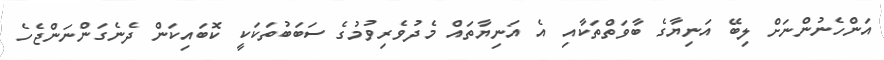
އަންހެނުންނަށް ލިބޭ އަނިޔާގެ ބާވަތްތަކާއި އެ އަނިޔާތައް މެދުވެރިވުމުގެ ސަބަބުތަކަކީ ކޮބައިކަން ދެނެގަންނަންޖެހެ